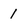
Character: 1